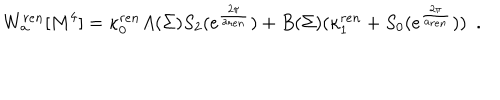
LaTeX: W _ { \bf a } ^ { r e n } [ M ^ { 4 } ] = \kappa _ { 0 } ^ { r e n } A ( \Sigma ) S _ { 2 } ( e ^ { \frac { 2 \pi } { { \bf a } _ { r e n } } } ) + B ( \Sigma ) ( \kappa _ { 1 } ^ { r e n } + S _ { 0 } ( e ^ { \frac { 2 \pi } { { \bf a } _ { r e n } } } ) ) ~ ~ .